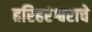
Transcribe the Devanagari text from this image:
हरिहरेश्वराचे